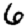
Digit: 6